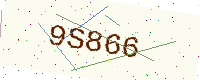
Text: 9S866